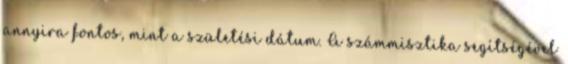
annyira fontos, mint a születési dátum. A számmisztika segítségével